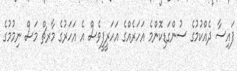
ފައިސާ ދެއްކުމުގެ ސުންގަޑިކޮންމެ އަހަރެއްގެ އަހަރީފީވެސް އެ އަހަރުގެ މާރޗް މަސް ނިމުމުގެ